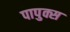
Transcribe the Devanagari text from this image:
पापुक्स